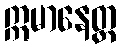
ဣမာနေတ္ထ